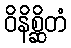
ဝိနိစ္ဆိတံ